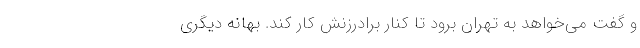
و گفت می‌خواهد به تهران برود تا کنار برادرزنش کار کند. بهانه دیگری